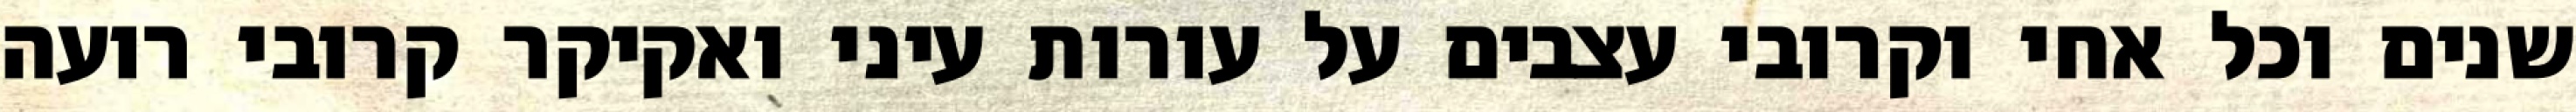
שנים וכל אחי וקרובי עצבים על עורות עיני ואקיקר קרובי רועה